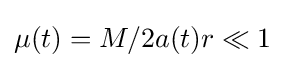
\mu (t)=M/2a(t)r\ll 1